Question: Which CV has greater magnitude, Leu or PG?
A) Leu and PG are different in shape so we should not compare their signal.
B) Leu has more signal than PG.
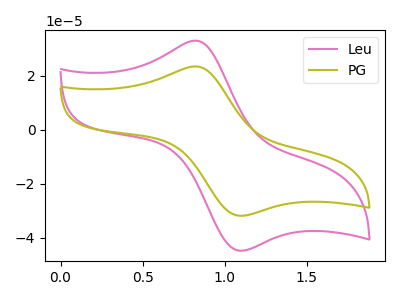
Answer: <think>The pink curve "Leu" has an anodic peak at (0.85V, 32.95uA) and a cathodic peak at (1.10V, -44.75uA). The olive curve "PG" has an anodic peak at (0.85V, 23.40uA) and a cathodic peak at (1.10V, -31.80uA).
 All the peaks in "Leu" have a peak in "PG" at the same potential. Every peak in "Leu" is higher than every peak in "PG".</think>
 <answer>B) "Leu" has more signal than "PG".</answer>
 <eval>B</eval>